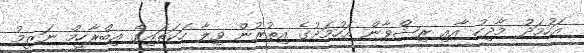
އަހުމަދު މާދިހު އާއި ރިޝްވާން އަހުމަދުގެ އިތުރުން ވިލާ ހަކަތައިގެ އިބްރާހީމް ނަޒީމު